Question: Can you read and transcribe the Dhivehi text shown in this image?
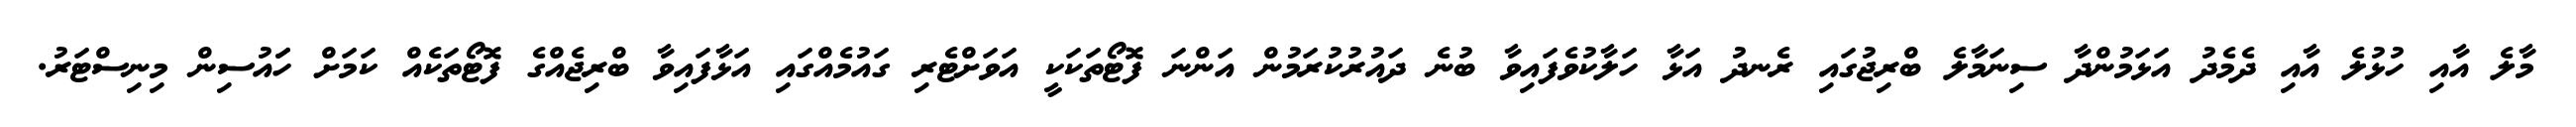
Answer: މާލެ އާއި ހުޅުލެ އާއި ދެމެދު އަޅަމުންދާ ސިނަމާލެ ބްރިޖުގައި ރެނދު އަޅާ ހަލާކުވެފައިވާ ބުނެ ދައުރުކުރަމުން އަންނަ ފޮޓޯތަކަކީ އަވަށްޓެރި ގައުމެއްގައި އަޅާފައިވާ ބްރިޖެއްގެ ފޮޓޯތަކެއް ކަމަށް ހަައުސިން މިނިސްޓަރު.